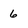
Character: 6